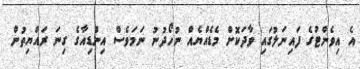
އެ އިވެންޓުގެ ފައިނަލުގައި ވާދަކޮށް މެޑެއްޔެއް ނުހޯދުނު ނަމަވެސް އިންޑިއާގެ ގިނަ ރައްޔިތުން